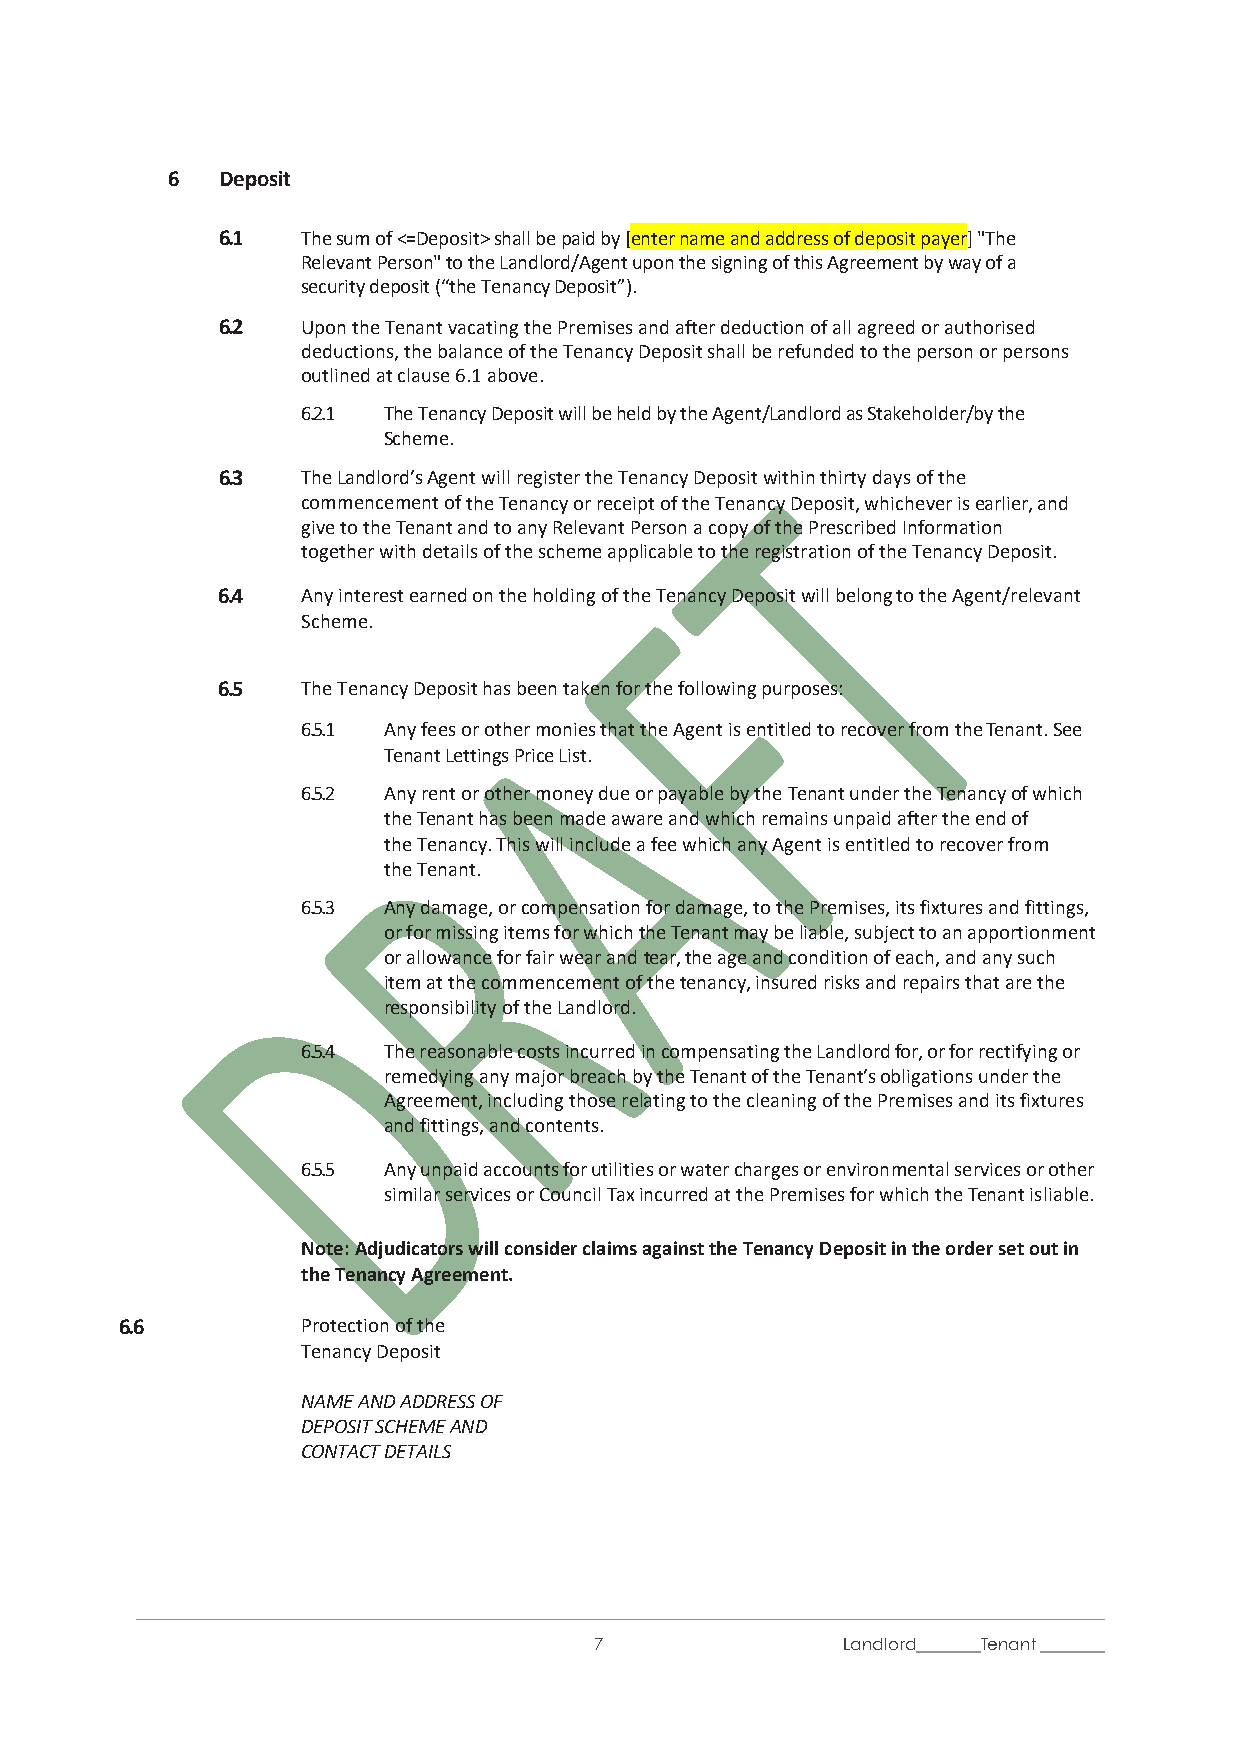
6  Deposit
 6.1   The sum of <=Deposit> shall be paid by [enter name and address of deposit payer] "The
 Relevant Person" to the Landlord/Agent upon the signing of this Agreement by way of a
 security deposit (“the Tenancy Deposit”).
 6.2   Upon the Tenant vacating the Premises and after deduction of all agreed or authorised
 deductions, the balance of the Tenancy Deposit shall be refunded to the person or persons
 outlined at clause 6.1 above.
 6.2.1 The Tenancy Deposit will be held by the Agent/Landlord as Stakeholder/by the
 Scheme.
 6.3   The Landlord’s Agent will register the Tenancy Deposit within thirty days of the
 commencement of the Tenancy or receipt of the Tenancy Deposit, whichever is earlier, and
 give to the Tenant and to any Relevant Person a copy of the Prescribed Information
 together with details of the scheme applicable to the registration of the Tenancy Deposit.
 6.4   Any interest earned on the holding of the Tenancy Deposit will belong to the Agent/relevant
 Scheme.
 6.5   The Tenancy Deposit has been taken for the following purposes:
 6.5.1 Any fees or other monies that the Agent is entitled to recover from the Tenant. See
 Tenant Lettings Price List.
 6.5.2 Any rent or other money due or payable by the Tenant under the Tenancy of which
 the Tenant has been made aware and which remains unpaid after the end of
 the Tenancy. This will include a fee which any Agent is entitled to recover from
 the Tenant.
 6.5.3 Any damage, or compensation for damage, to the Premises, its fixtures and fittings,
 or for missing items for which the Tenant may be liable, subject to an apportionment
 or allowance for fair wear and tear, the age and condition of each, and any such
 item at the commencement of the tenancy, insured risks and repairs that are the
 responsibility of the Landlord.
 6.5.4 The reasonable costs incurred in compensating the Landlord for, or for rectifying or
 remedying any major breach by the Tenant of the Tenant’s obligations under the
 Agreement, including those relating to the cleaning of the Premises and its fixtures
 and fittings, and contents.
 6.5.5 Any unpaid accounts for utilities or water charges or environmental services or other
 similar services or Council Tax incurred at the Premises for which the Tenant is liable.
 Note: Adjudicators will consider claims against the Tenancy Deposit in the order set out in
 the Tenancy Agreement.
 6.6         Protection of the
 Tenancy Deposit
 NAME AND ADDRESS OF
 DEPOSIT SCHEME AND
 CONTACT DETAILS
 7                Landlord Tenant
 /l1i/    /t1i/